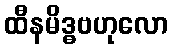
ထီနမိဒ္ဓဗဟုလော